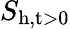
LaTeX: S_{\mathrm{h,t>0}}